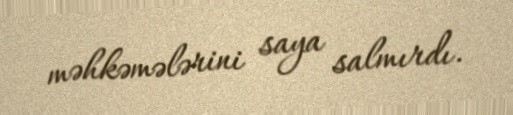
məhkəmələrini saya salmırdı.